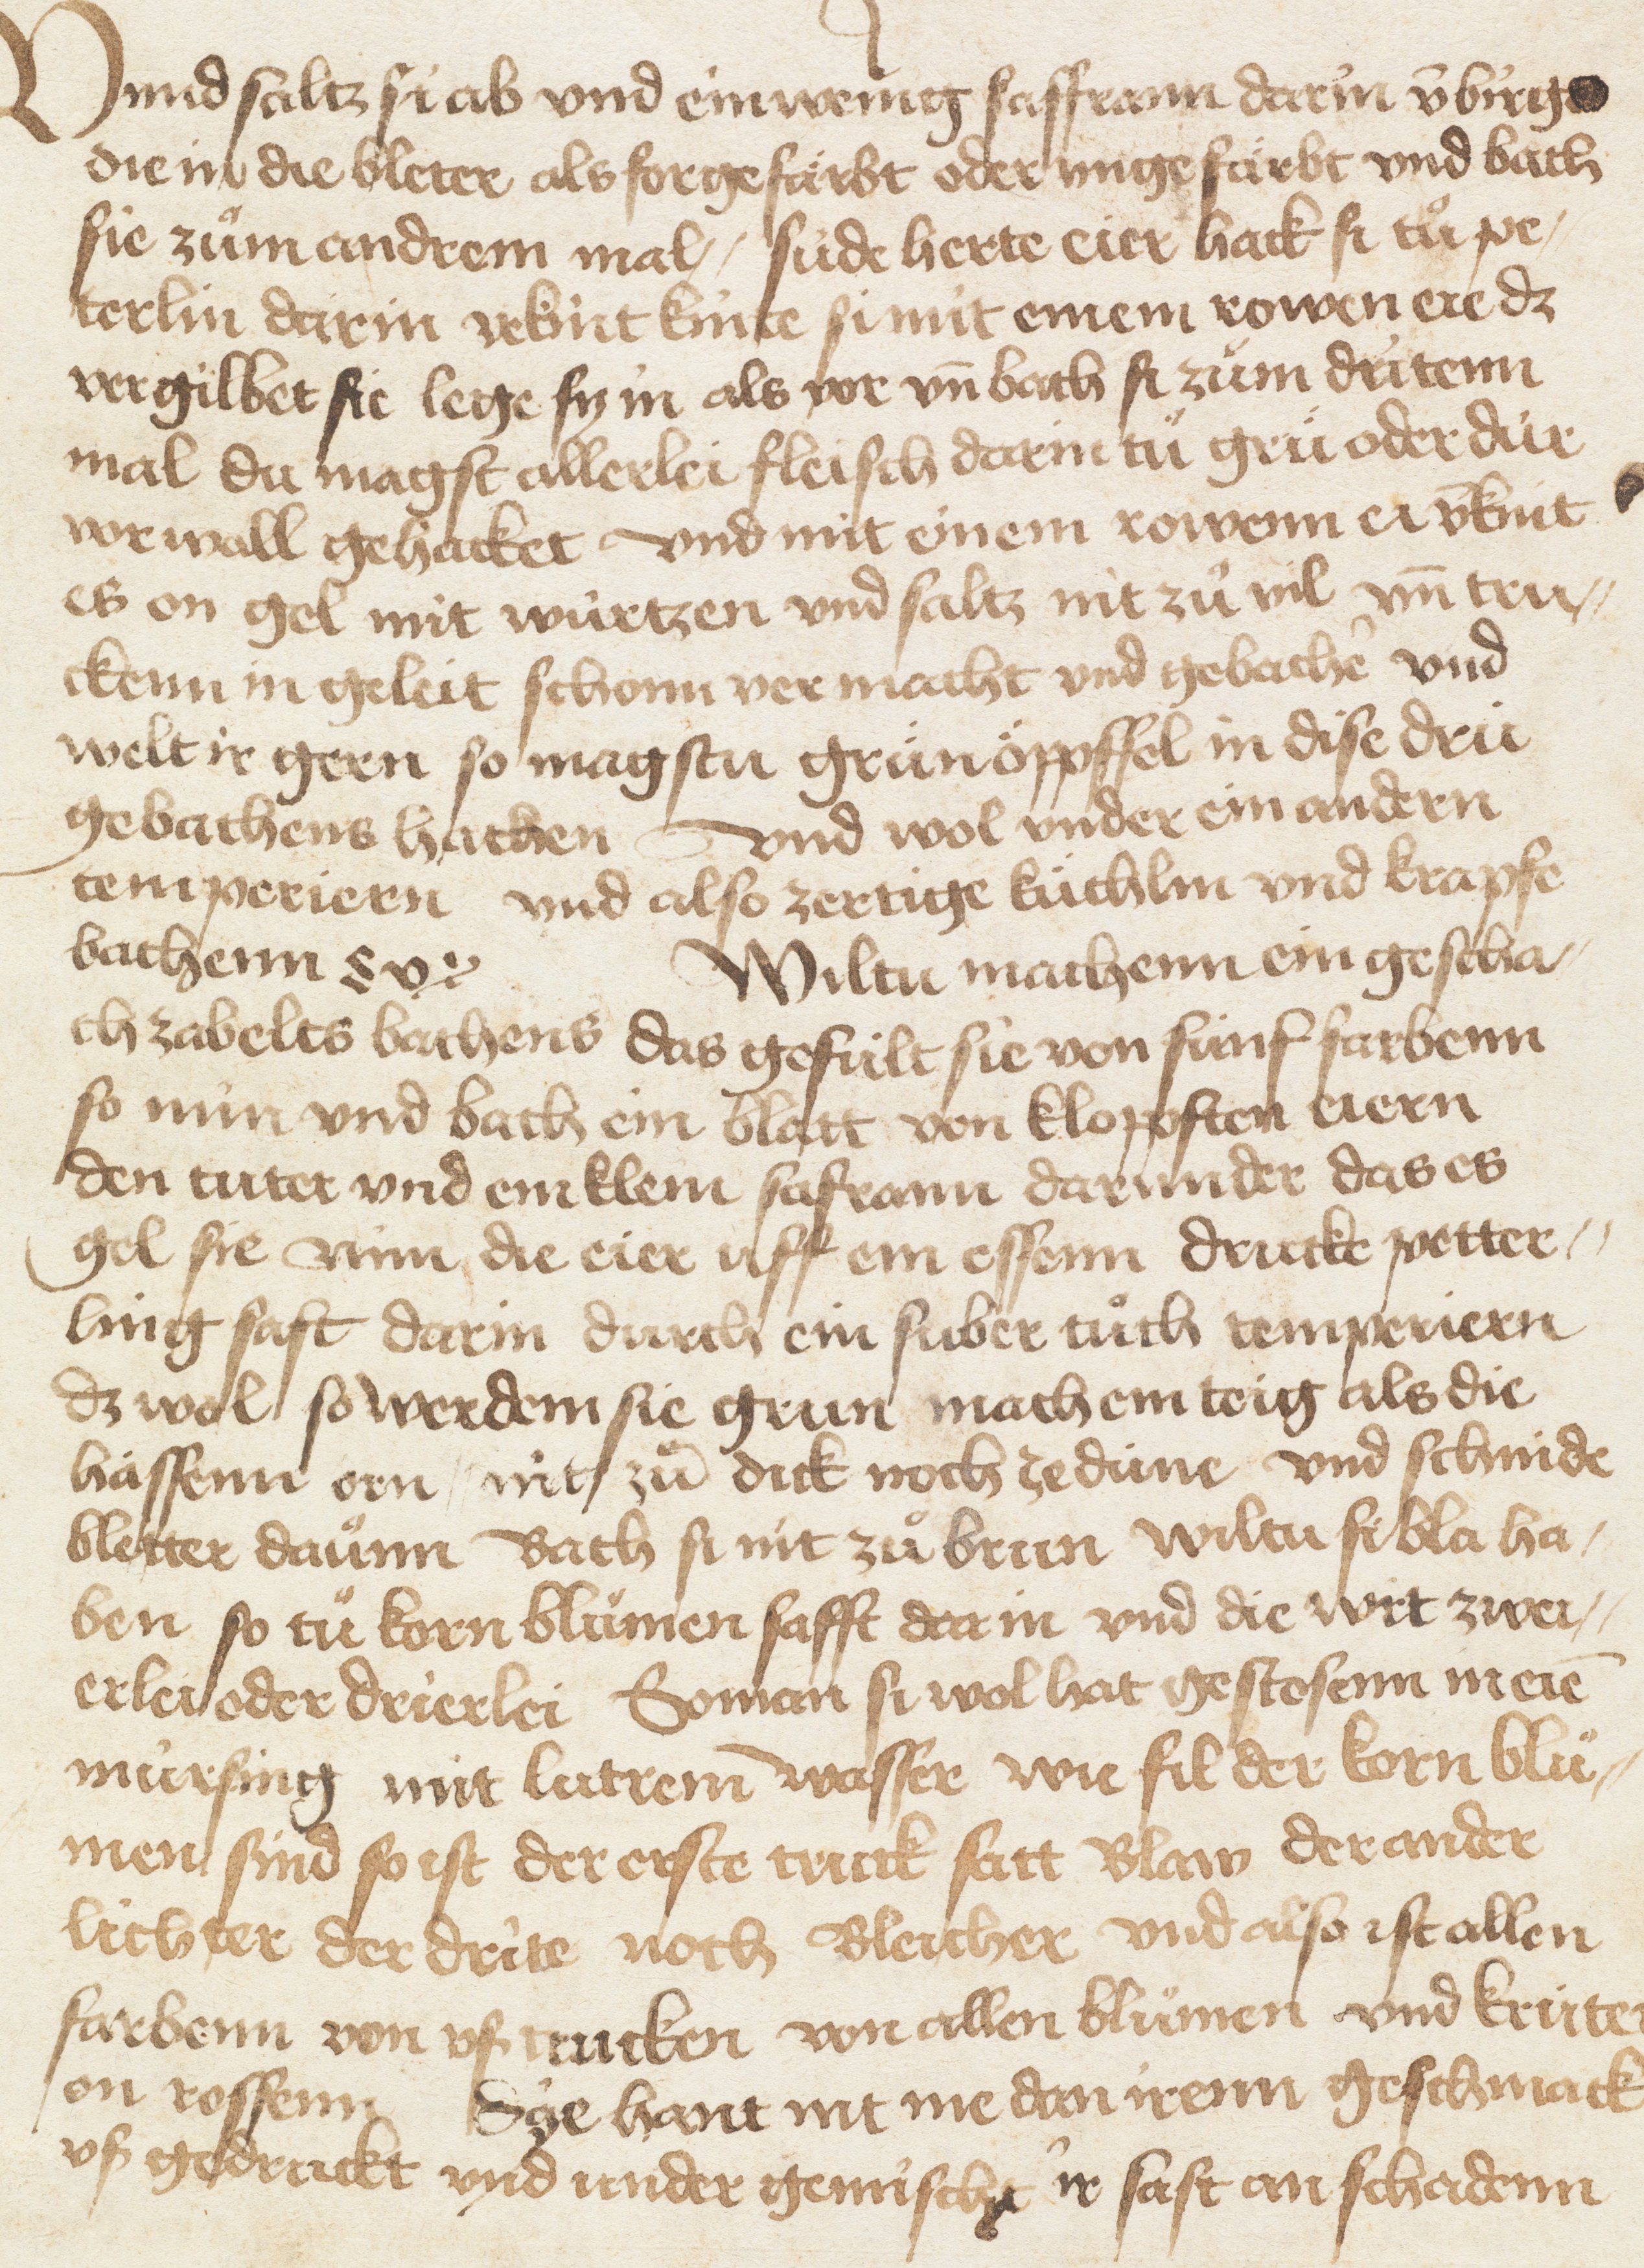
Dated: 1450–1499